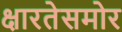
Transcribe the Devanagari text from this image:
क्षारतेसमोर